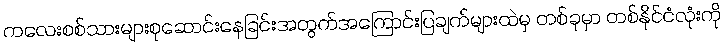
ကလေးစစ်သားများစုဆောင်းနေခြင်းအတွက်အကြောင်းပြချက်များထဲမှ တစ်ခုမှာ တစ်နိုင်ငံလုံးကို